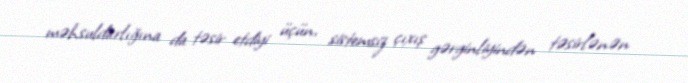
məhsuldarlığına da təsir etdiyi üçün, sistemsiz çıxış gərginliyindən təsirlənən